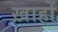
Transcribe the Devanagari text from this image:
ख़ाहों